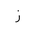
Letter: _zay